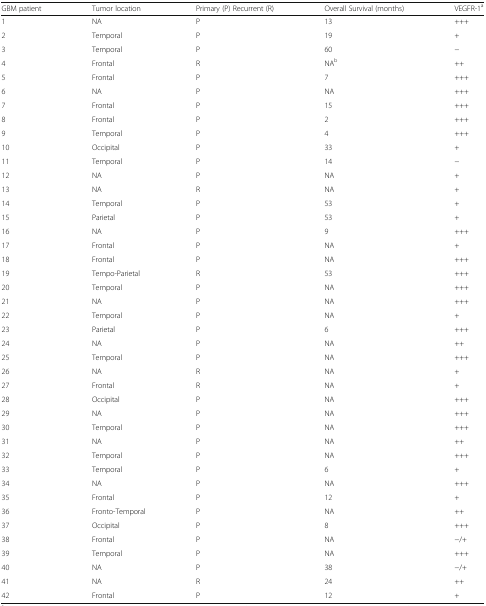
| GBM patient | Tumor location | Primary (P) Recurrent (R) | Overall Survival (months) | VEGFR-1a |
 | --- | --- | --- | --- | --- |
 | 1 | NA | P | 13 | +++ |
 | 2 | Temporal | P | 19 | + |
 | 3 | Temporal | P | 60 | − |
 | 4 | Frontal | R | NAb | ++ |
 | 5 | Frontal | P | 7 | +++ |
 | 6 | NA | P | NA | +++ |
 | 7 | Frontal | P | 15 | +++ |
 | 8 | Frontal | P | 2 | +++ |
 | 9 | Temporal | P | 4 | +++ |
 | 10 | Occipital | P | 33 | + |
 | 11 | Temporal | P | 14 | − |
 | 12 | NA | P | NA | + |
 | 13 | NA | R | NA | + |
 | 14 | Temporal | P | 53 | + |
 | 15 | Parietal | P | 53 | + |
 | 16 | NA | P | 9 | +++ |
 | 17 | Frontal | P | NA | + |
 | 18 | Frontal | P | NA | +++ |
 | 19 | Tempo-Parietal | R | 53 | +++ |
 | 20 | Temporal | P | NA | +++ |
 | 21 | NA | P | NA | +++ |
 | 22 | Temporal | P | NA | + |
 | 23 | Parietal | P | 6 | +++ |
 | 24 | NA | P | NA | ++ |
 | 25 | Temporal | P | NA | +++ |
 | 26 | NA | R | NA | + |
 | 27 | Frontal | R | NA | + |
 | 28 | Occipital | P | NA | +++ |
 | 29 | NA | P | NA | +++ |
 | 30 | Temporal | P | NA | +++ |
 | 31 | NA | P | NA | ++ |
 | 32 | Temporal | P | NA | +++ |
 | 33 | Temporal | P | 6 | + |
 | 34 | NA | P | NA | +++ |
 | 35 | Frontal | P | 12 | + |
 | 36 | Fronto-Temporal | P | NA | ++ |
 | 37 | Occipital | P | 8 | +++ |
 | 38 | Frontal | P | NA | −/+ |
 | 39 | Temporal | P | NA | +++ |
 | 40 | NA | P | 38 | −/+ |
 | 41 | NA | R | 24 | ++ |
 | 42 | Frontal | P | 12 | + |